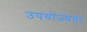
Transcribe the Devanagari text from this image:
उपयोज्यता